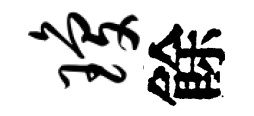
琼餘